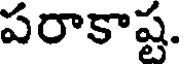
పరాకాష్ట.